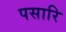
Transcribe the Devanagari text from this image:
पसारि